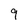
Character: 9